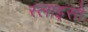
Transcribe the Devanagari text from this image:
स्लाइसों